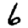
Digit: 6